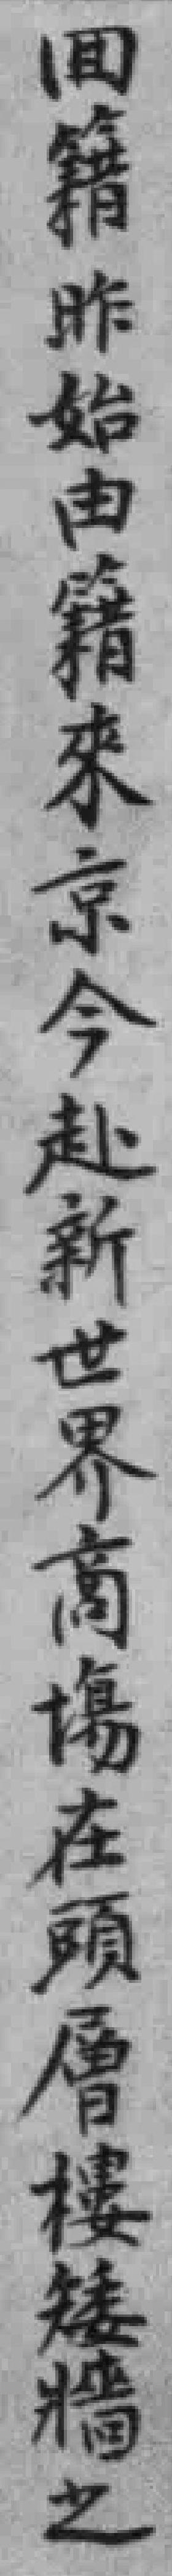
回籍昨始由籍來京今赴新世界高傷在頭層樓矮牆之